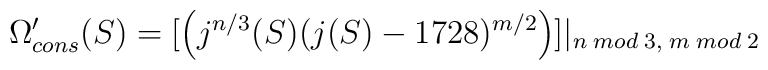
\Omega^{\prime}_{cons}(S) = [\left(j^{n/3}(S)(j(S)-1728)^{m/2}\right)]|_{n\;mod\;3,\;m\;mod\;2}